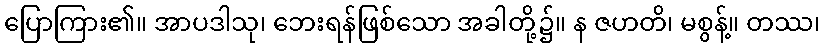
ပြောကြား၏။ အာပဒါသု၊ ဘေးရန်ဖြစ်သော အခါတို့၌။ န ဇဟတိ၊ မစွန့်။ တဿ၊